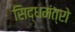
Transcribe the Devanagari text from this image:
सिद्धमंत्रो